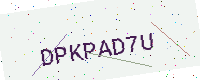
Text: DPKPAD7U